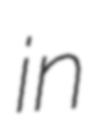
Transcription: in